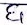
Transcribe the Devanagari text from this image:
६l